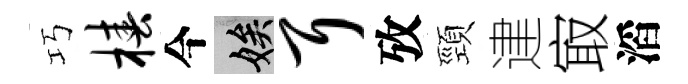
巧椿今娭耳攷頸䢖㝡滔